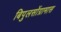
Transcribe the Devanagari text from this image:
बिपुलसोंग्रामास